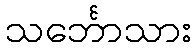
သင်္ဘောသား